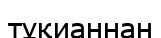
тұқианнан